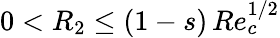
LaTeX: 0<R_{2}\leq(1-s)\, Re_{c}^{1/2}